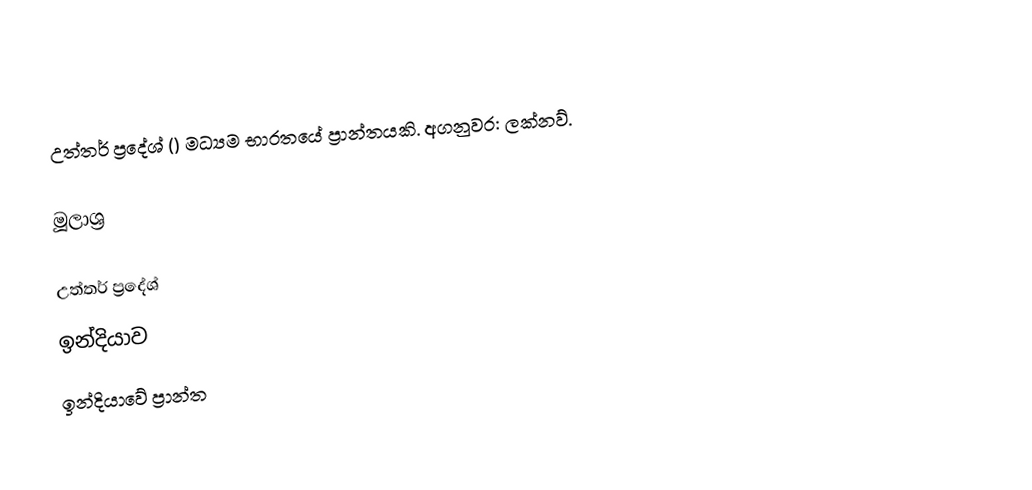
උත්තර් ප්‍රදේශ් () මධ්‍යම භාරතයේ ප්‍රාන්තයකි. අගනුවර: ලක්නව්.

මූලාශ්‍ර

උත්තර් ප්‍රදේශ්
ඉන්දියාව
ඉන්දියාවේ ප්‍රාන්ත